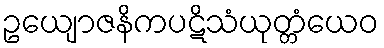
ဥယျောဇနိကပဋိသံယုတ္တံယေဝ